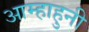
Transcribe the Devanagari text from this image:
आम्हाहुनी